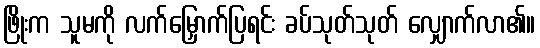
ဖြိုးက သူမကို လက်မြှောက်ပြရင်း ခပ်သုတ်သုတ် လျှောက်လာ၏။